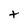
Character: t